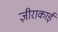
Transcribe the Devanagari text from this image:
ज़ीराकाई